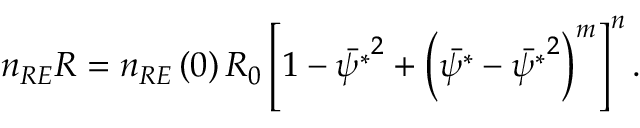
\begin{array} { r } { n _ { R E } R = n _ { R E } \left( 0 \right) R _ { 0 } \left[ 1 - \bar { \psi ^ { * } } ^ { 2 } + \left( \bar { \psi ^ { * } } - \bar { \psi ^ { * } } ^ { 2 } \right) ^ { m } \right] ^ { n } . } \end{array}